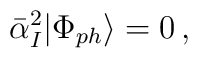
\bar{\alpha}_I^2|\Phi_{ph}\rangle=0\, ,